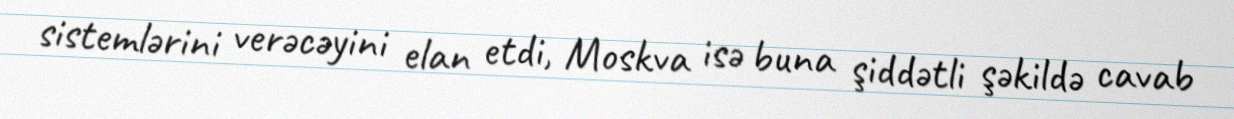
sistemlərini verəcəyini elan etdi, Moskva isə buna şiddətli şəkildə cavab